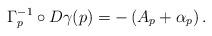
LaTeX: \begin{align*}\Gamma_p^{-1} \circ D \gamma(p) = - \left( A_p + \alpha_p \right).\end{align*}